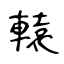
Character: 轅